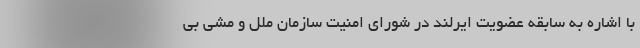
با اشاره به سابقه عضویت ایرلند در شورای امنیت سازمان ملل و مشی بی